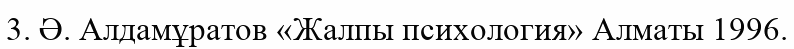
3. Ә. Алдамұратов «Жалпы психология» Алматы 1996.